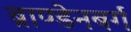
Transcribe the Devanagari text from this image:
ब्राण्डेनबर्ग